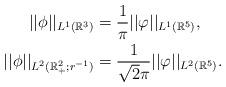
LaTeX: \begin{align*}\begin{aligned}||\phi||_{L^{1}(\mathbb{R}^{3})}&=\frac{1}{\pi} ||\varphi||_{L^{1}(\mathbb{R}^{5}) }, \\||\phi||_{L^{2}(\mathbb{R}^{2}_{+};r^{-1} )}&=\frac{1}{\sqrt{2}\pi} ||\varphi||_{L^{2}(\mathbb{R}^{5}) }.\end{aligned}\end{align*}